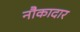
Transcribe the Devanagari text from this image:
नौकादार